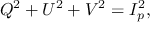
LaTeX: Q ^ { 2 } + U ^ { 2 } + V ^ { 2 } = I _ { p } ^ { 2 } ,